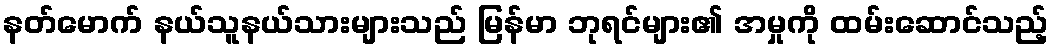
နတ်မောက် နယ်သူနယ်သားများသည် မြန်မာ ဘုရင်များ၏ အမှုကို ထမ်းဆောင်သည့်